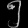
Digit: ၅